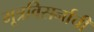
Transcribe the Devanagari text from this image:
मूत्रविसर्नाची